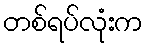
တစ်ရပ်လုံးက